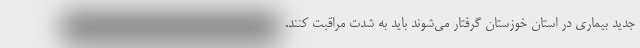
جدید بیماری در استان خوزستان گرفتار می‌شوند باید به شدت مراقبت کنند.